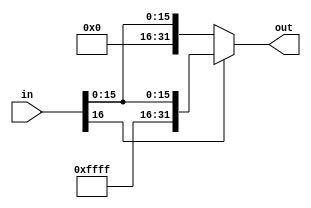
/*
	Create by: Fangcheng
	Date: 2023-10-23
*/
module signExtension(in, out);
	input[16:0] in;
	output[31:0] out;
	
	assign out = in[16] ? {15'b111111111111111, in} : {15'b000000000000000, in};
endmodule